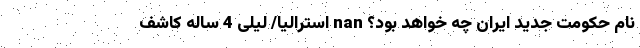
نام حکومت جدید ایران چه خواهد بود؟ nan استرالیا/ لیلی 4 ساله کاشف